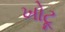
ખોટૂ